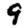
Digit: 9